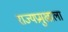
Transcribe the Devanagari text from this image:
राज्यप्रमुखाला